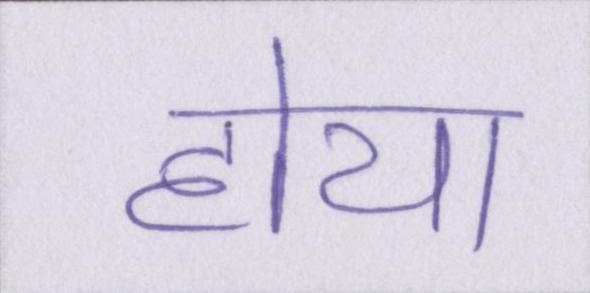
होया